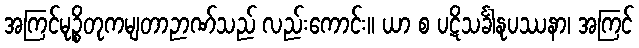
အကြင်မုဉ္စိတုကမျတာဉာဏ်သည် လည်းကောင်း။ ယာ စ ပဋိသင်္ခါနုပဿနာ၊ အကြင်